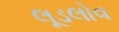
લૂડલોવ